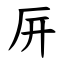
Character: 㕃